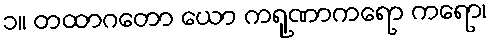
၁။ တထာဂတော ယော ကရုဏာကရော ကရော၊